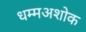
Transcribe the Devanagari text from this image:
धम्मअशोक